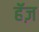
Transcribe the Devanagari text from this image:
हॅज़